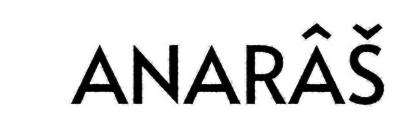
ANARÂŠ